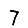
Digit: 7